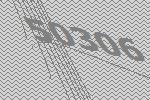
50306